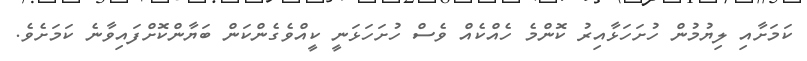
ކަމަށާއި ލިޔުމުން ހުށަހަޅާއިރު ކޮންމެ ހެއްކެއް ވެސް ހުށަހަޅަނީ ކީއްވެގެންކަން ބަޔާންކޮށްފައިވާނެ ކަމަށެވެ.